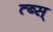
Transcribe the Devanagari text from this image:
त्ब्स्